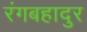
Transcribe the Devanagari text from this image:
रंगबहादुर